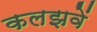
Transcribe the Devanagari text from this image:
कलझवें